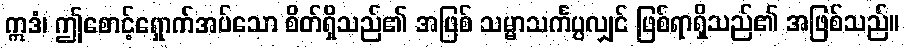
ဣဒံ၊ ဤစောင့်ရှောက်အပ်သော စိတ်ရှိသည်၏ အဖြစ် သမ္မာသင်္ကပ္ပလျှင် ဖြစ်ရာရှိသည်၏ အဖြစ်သည်။